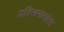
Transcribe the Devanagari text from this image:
प्रतिसमानांतर